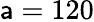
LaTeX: \mathsf{a}=120